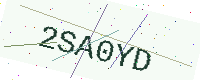
Text: 2SA0YD